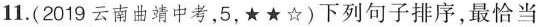
11. (2019云南曲靖中考，5，★★☆) 下列句子排序，最恰当